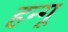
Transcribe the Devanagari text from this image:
हन्गू